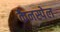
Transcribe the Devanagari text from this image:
कैनस्पेल